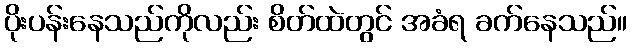
ပိုးပန်းနေသည်ကိုလည်း စိတ်ထဲတွင် အခံရ ခက်နေသည်။